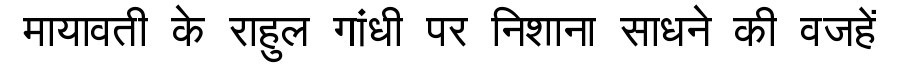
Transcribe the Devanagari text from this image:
मायावती के राहुल गांधी पर निशाना साधने की वजहें